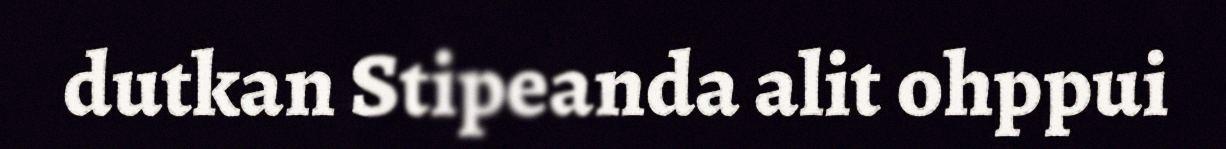
dutkan Stipeanda alit ohppui